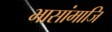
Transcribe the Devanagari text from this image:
भासांमाजि